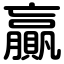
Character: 贏